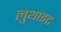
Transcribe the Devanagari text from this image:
लुथाइट